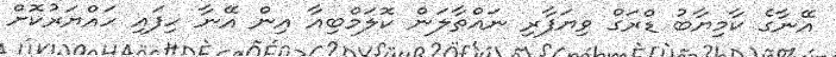
އޭނާގެ ކާމިޔާބު ޑްރަގް ވިޔަފާރި ނައްތާލަން ކޮލަމްބިއާ އިން އޭނާ ހިފައި ހައްޔަރުކޮށް